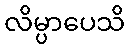
လိမ္ပာပေသိ